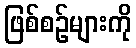
ဖြစ်စဉ်များကို